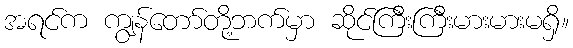
အရင်က ကျွန်တော်တို့ဘက်မှာ ဆိုင်ကြီးကြီးမားမားမရှိ။